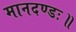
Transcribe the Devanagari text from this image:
मानदण्डः॥